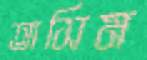
তাসিম